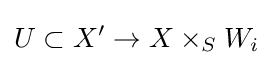
U\subset X'\to X\times _{S}W_{i}